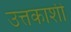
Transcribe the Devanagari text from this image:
उत्तकाशी